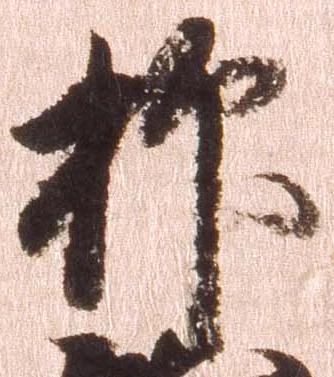
抑